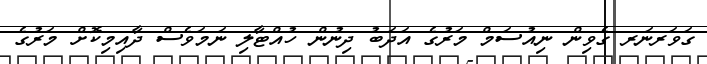
ގަވަރނަރ ގެވިން ނިއުސަމް މަރުގެ އަދަބު ދިނުން ހުއްޓާލި ނަމަވެސް ދާއިމިކޮށް މަރުގެ